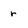
Character: r